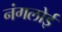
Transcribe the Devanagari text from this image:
नंगलोई